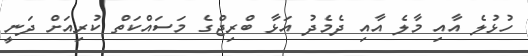
ހުޅުލެ އާއި މާލެ އާއި ދެމެދު އަޅާ ބްރިޖްގެ މަސައްކަތް ކުރިއަށް ދަނީ